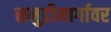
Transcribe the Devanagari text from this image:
समुद्रीमार्गावर